Source: Handwritten
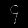
Digit: ၄ (4)